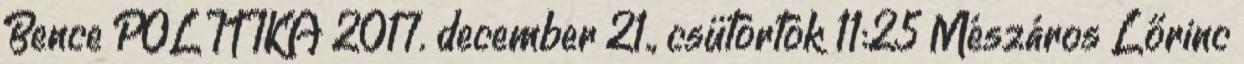
Bence POLITIKA 2017. december 21., csütörtök 11:25 Mészáros Lőrinc